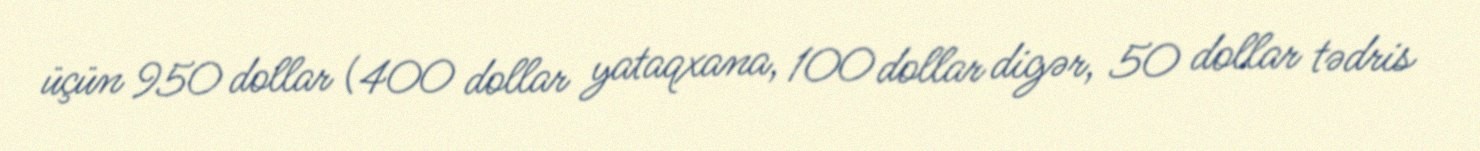
üçün 950 dollar (400 dollar yataqxana, 100 dollar digər, 50 dollar tədris